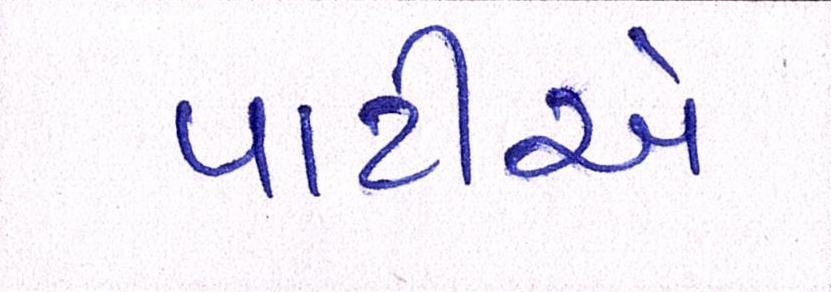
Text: પાર્ટીએ